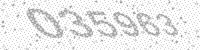
Solution: 035963